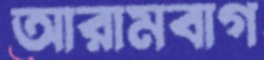
আরামবাগ